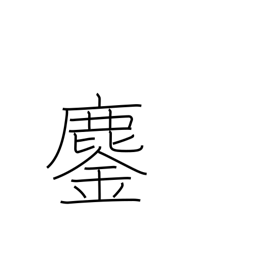
Meaning: annihilation